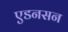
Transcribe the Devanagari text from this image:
एडनसन